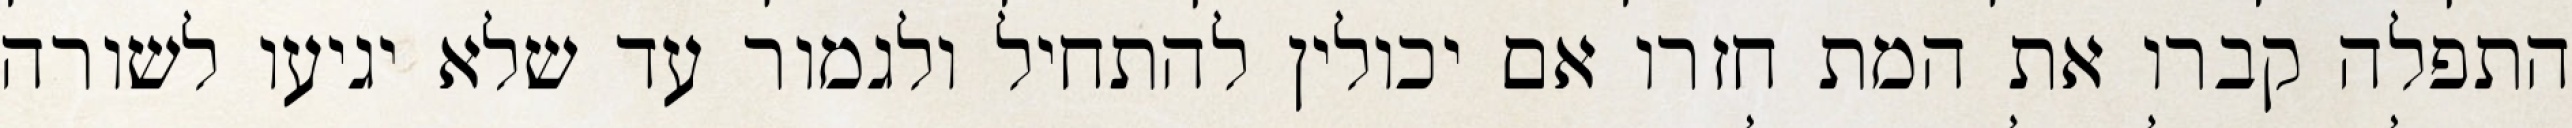
התפלה קברו את המת חזרו אם יכולין להתחיל ולגמור עד שלא יגיעו לשורה